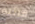
قائلة